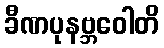
ခီဏပုနဗ္ဘဝေါတိ